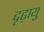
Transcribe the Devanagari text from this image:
दृढ़ायु